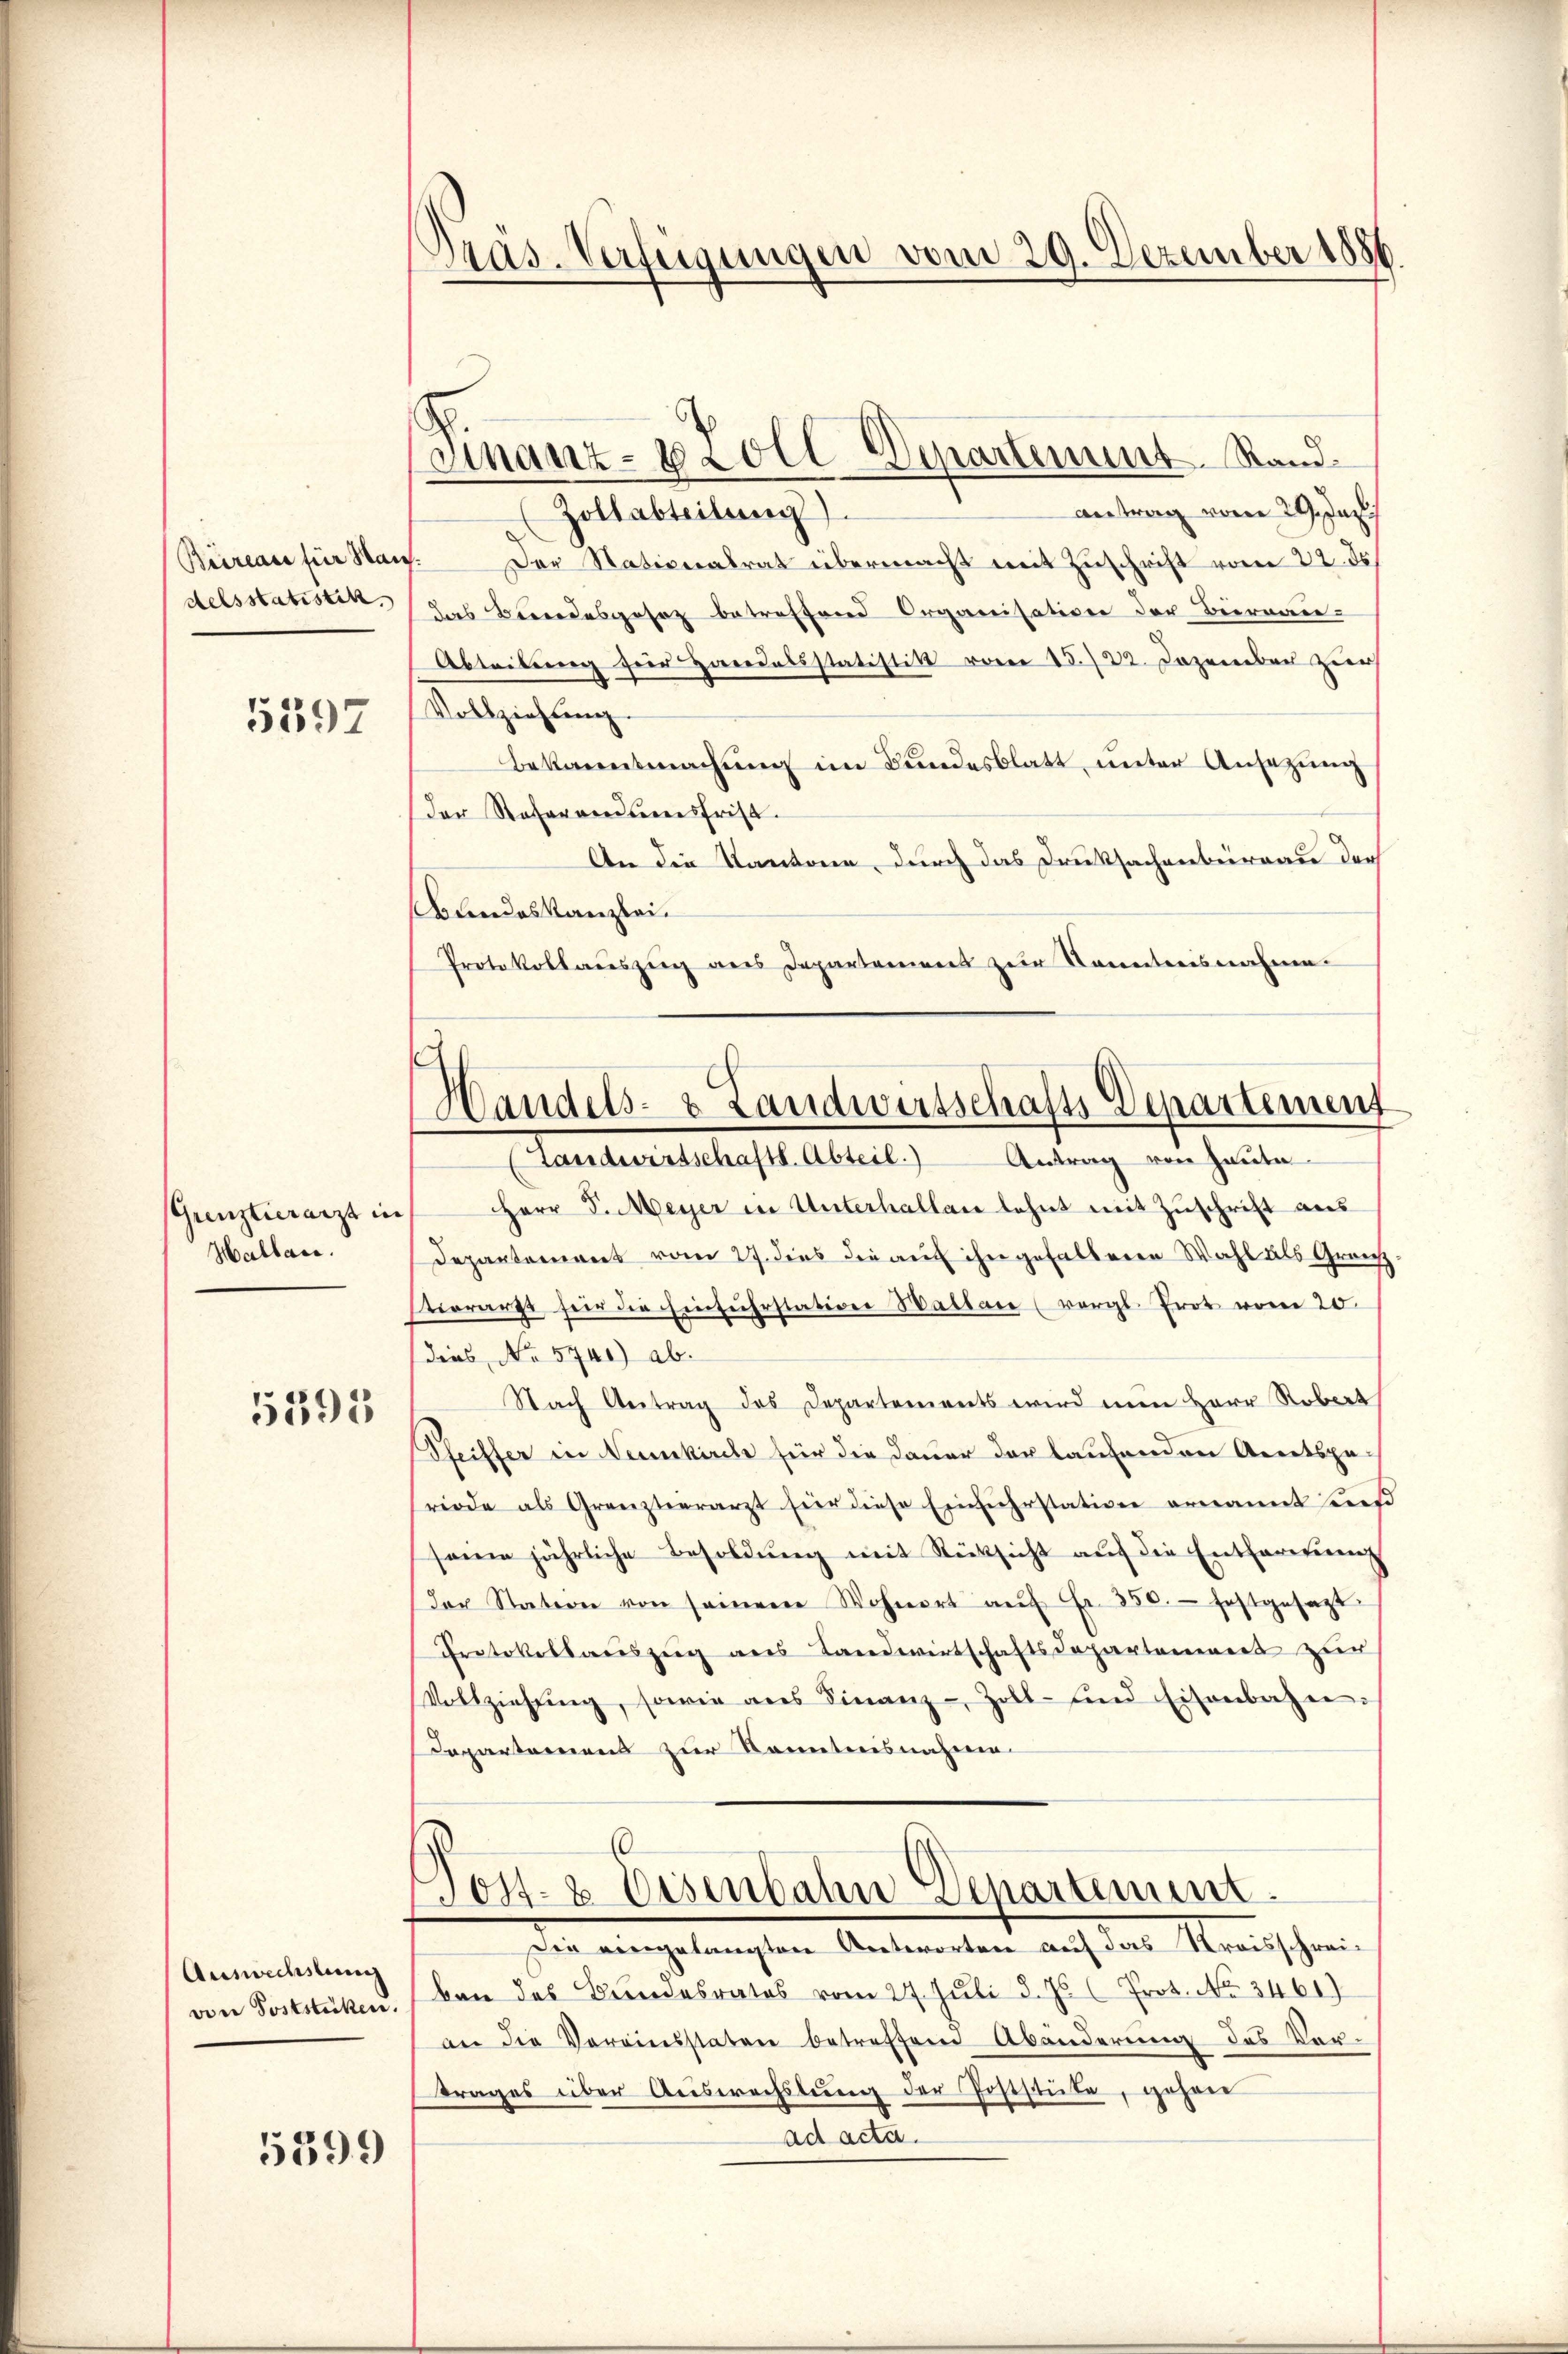
Büreau für Hau
delsstatistik.

5397

(Grenztierarzt in
Hallau.

5395

Auswechslung
von Poststücken.

5399

Pras. Verfügungen vom 29. Dezember 1886

Departement. Stand¬
Finanz-Zoll

Antrag vom 29. Jun.
(Zoltabteilung)
/ Der Nationalrat übermacht mit Zuschrift vom 22. ds.
das Bundesgesetz betreffend Organisation der Biernau-
Abteilung für Handelsstatistik vom 15./22. Dezember zur
Vollziehung.
Bekanntmachung im Bundesblatt, unter Ansetzung
der Rafaramensfrist.
An die Kantone, durch das Druksachenbureau der
Bundeskanzlei.
Protokollauszug aus Departamens zur Kenntnisnahme.

Handels- & Landwirtschafts Departement

(Landwirtschaftl. Abteil. Antrag von Haute
HHerr J. Meyer in Unterhalten lehnt mit Zuschrift aus
Departement vom 27. dies die auf ihn gehaltene Wahl als Grau
stierarzt für die Einfuhrstation Wallen (vergl. Prot vom 20.
dies No 5700) ab.
Nach Antrag des Departements wird nun Herr Robert
Sfeiffer in Neunkirche für die Dauer der laufenden Arentspa-
riode als Grenzteerarzt für diese Einführstation ernannt hiers
seine jährliche Besoldung mit Rücksicht auf die Entfernung
der Station von seinem Wohnort aŭf Fr. 350. festgesagt
Protokollaŭszŭg ans Landwirtschaftsdepartoniert zur
Vollziehŭng, sowie als Finanz-Zoll- und Eisenbahn-
Departemens zur Kenntnisnahme
(
Post- & Eisenbahn Denartement
Die eingelangten Antworten auf das Kreisschreiban des Bundesrates vom 24. Juli d. Js. l Prot. No. 3461)
an die Vereinsstaten betreffene Abänderung des Ver-
trages über Auswechslung der Joststute, gehen
ad acta.